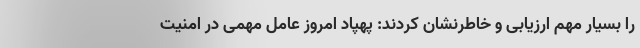
را بسیار مهم ارزیابی و خاطرنشان کردند: پهپاد امروز عامل مهمی در امنیت